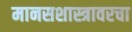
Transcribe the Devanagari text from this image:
मानसशास्त्रावरचा